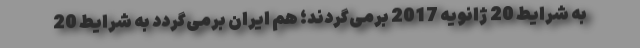
به شرایط 20 ژانویه 2017 برمی‌گردند؛ هم ایران برمی‌گردد به شرایط 20